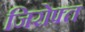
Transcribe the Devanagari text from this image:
जिरोफ्त